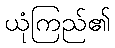
ယုံကြည်၏